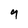
Character: 9